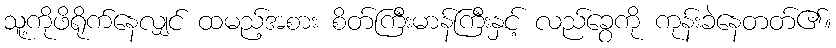
သူ့ကိုဖိရိုက်နေလျှင် ထမည့်အစား စိတ်ကြီးမာန်ကြီးနှင့် လည်ခွေကို ကုန်းခဲနေတတ်၏။